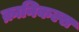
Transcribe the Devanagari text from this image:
क्रानिकल्स